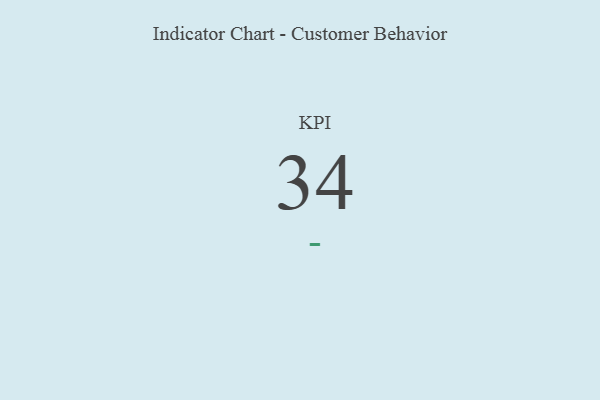
{"axis": {"x": "KPI", "y": "Value"}, "legend": [""], "data": [{"x": "KPI", "y": 34, "type": ""}]}